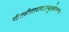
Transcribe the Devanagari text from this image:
गीतसीतारामप्रत्युद्गमोत्सवः